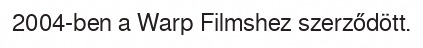
2004-ben a Warp Filmshez szerződött.